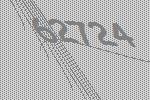
62724